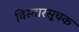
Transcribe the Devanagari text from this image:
विस्तारसूचक